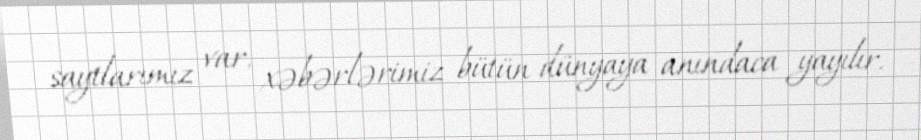
saytlarımız var, xəbərlərimiz bütün dünyaya anındaca yayılır.